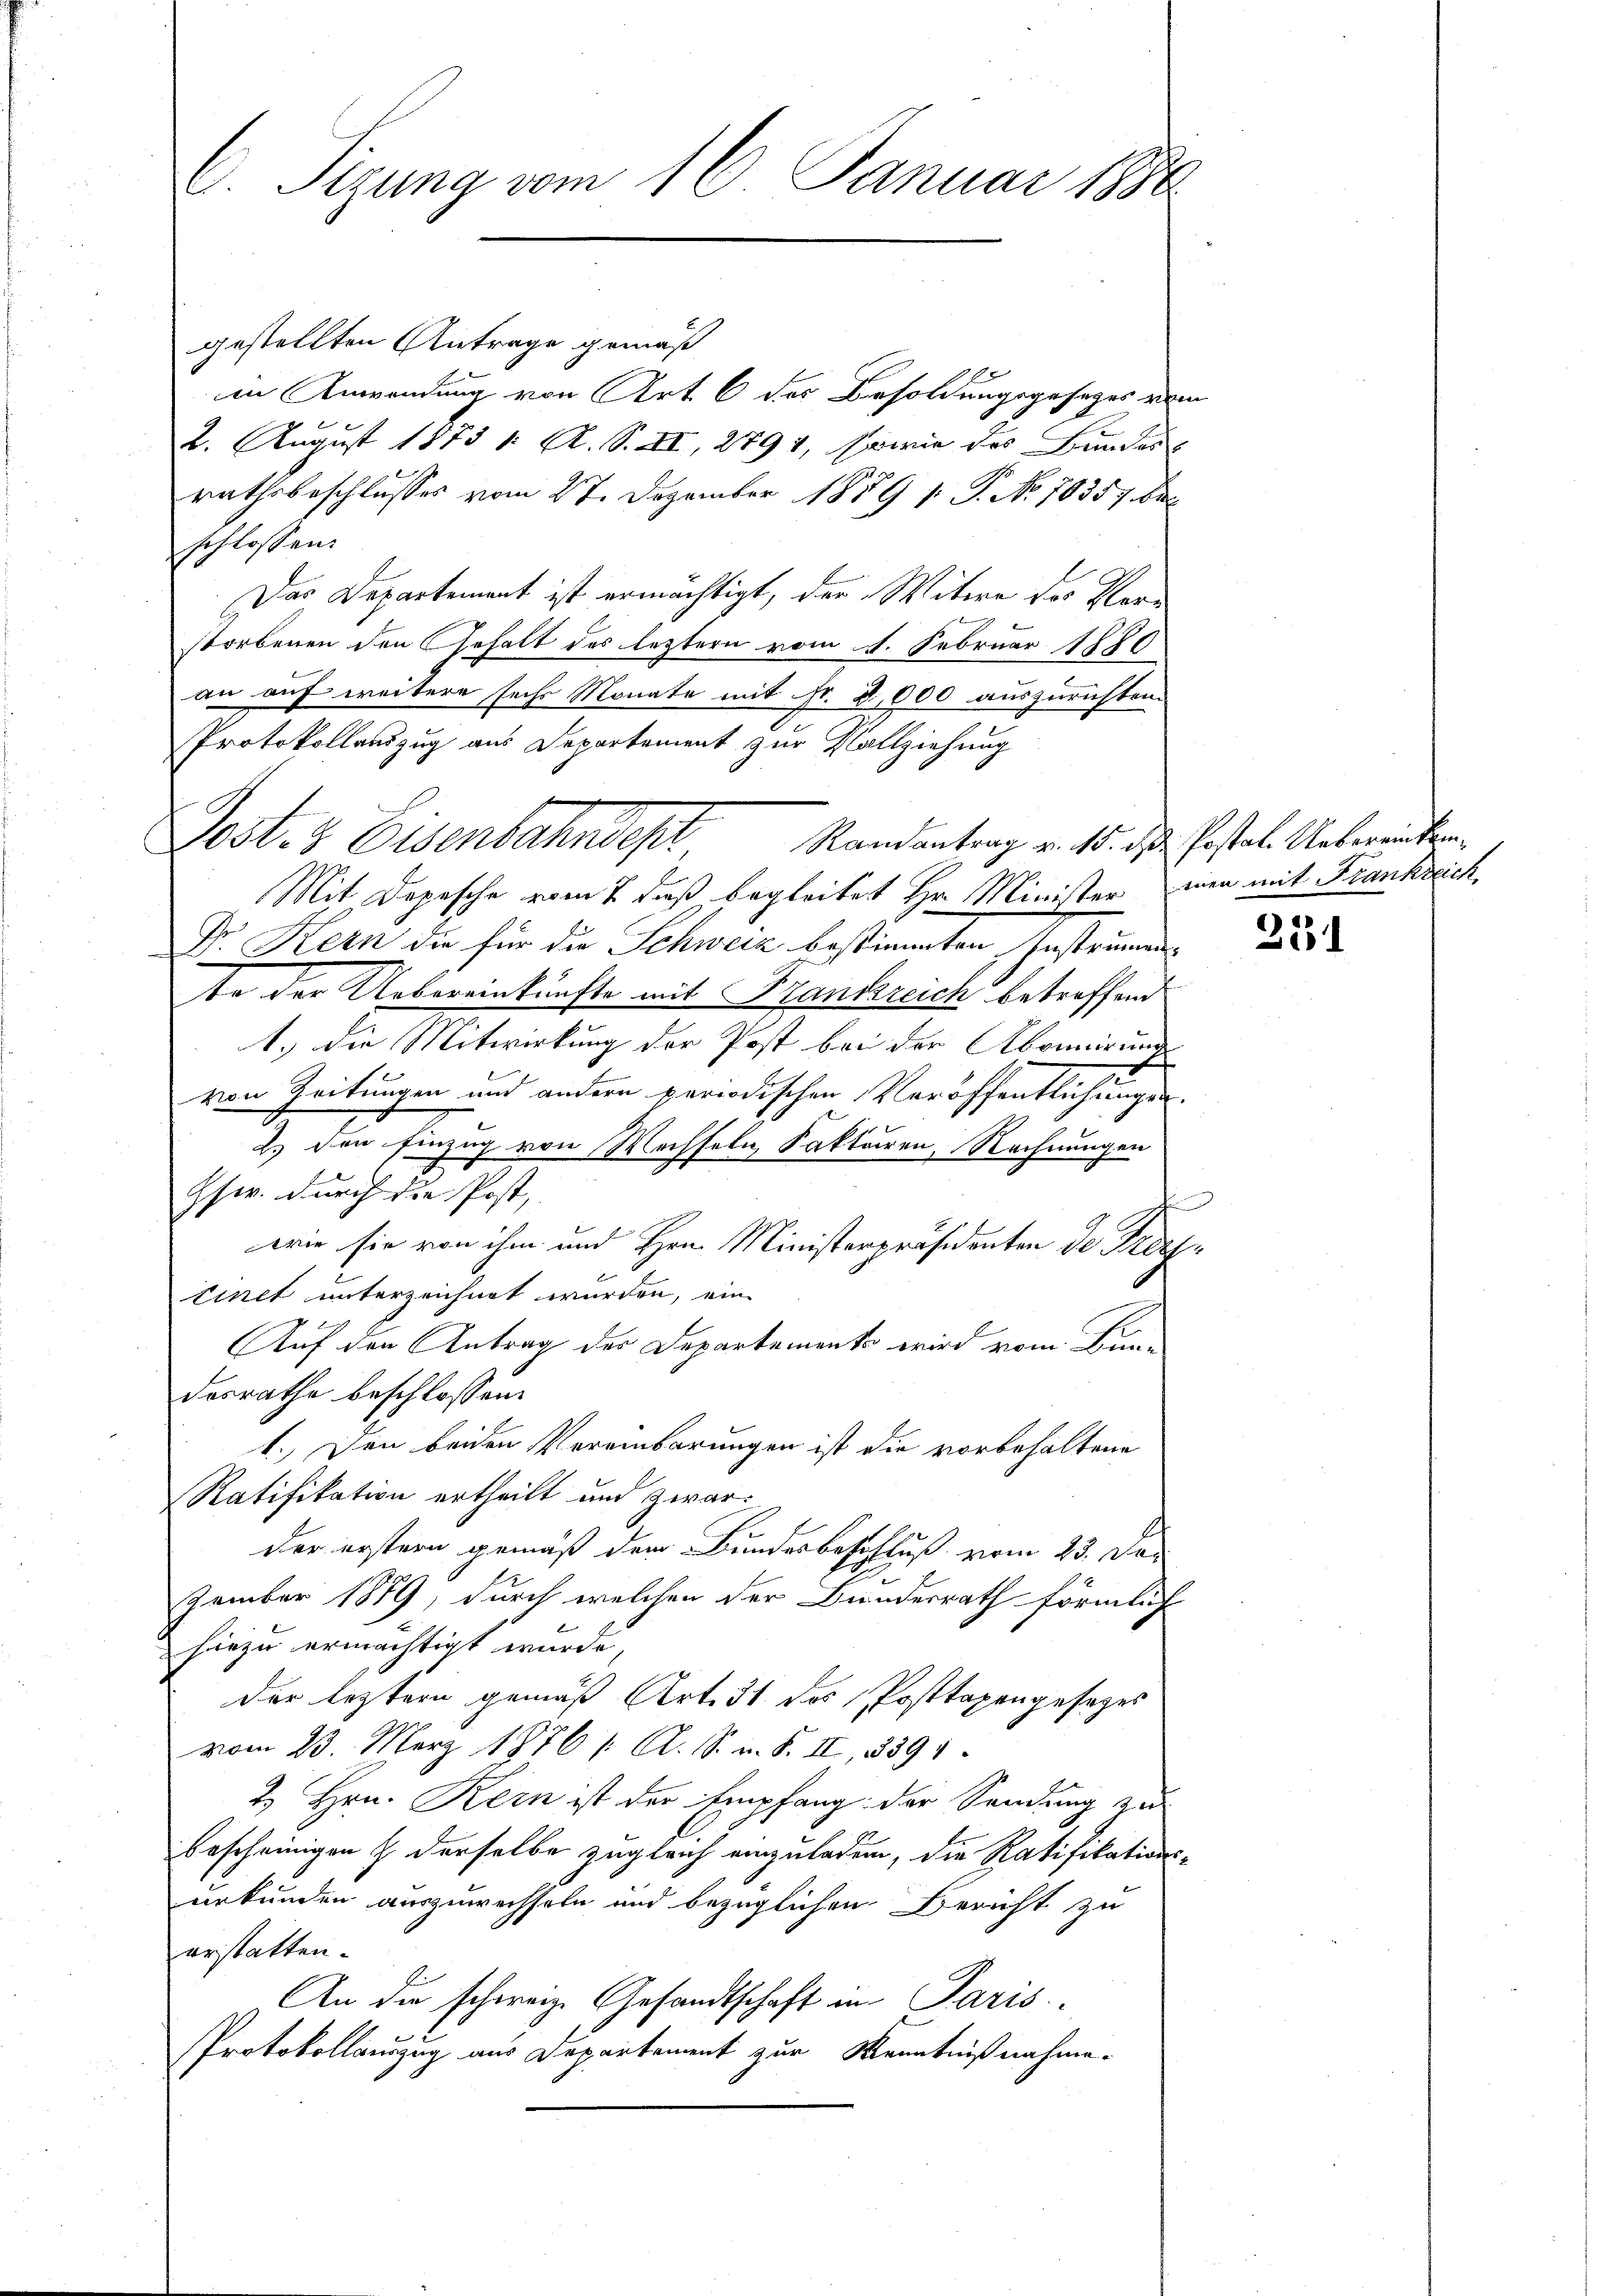
E Sizung vom 16. Januar 1880

gestellten Antrage gemäß
in Anwendung von Art. 6 des Besoldungsgesetzes vom
2. August 1873 1. A. S. II, 2794, sowie des Bundess
rathsbeschlusses vom 27. Dezember 1859 1: P. No 10357. De
schlossen.
Das Departement ist ermächtigt, der Witwe des Verstorbenen den Gehalt des leztern vom 1. Februar 1880
an auf weitere sechs Monate mit Fr. 2,000 auszurichten.
Protokollauszug aus Departement zur Vollziehung
Mit Depesche vom 7 dieß begleitet Hr. Minister, wen mit Frankreich,
Dr. Kern die für die Schweiz bestimmten Instrumen-
te der Uebereinkünfte mit Brandsreich betreffend
1.) Die Mitwirkung der Post bei der Abonnirung
von Zeitungen und andern periodischen Veröffentlichungen
2.) den Einzug von Wechseln Faktoren, Rechnungen
Hser. durch die Post,
wie sie von ihm und Hrn. Ministerpräsidenten der Praetinet unterzeichnet wurden, ein
Auf den Antrag der Departements wird vom Bun-
desrathe beschlossen:
1. Den beiden Vereinbarungen ist die vorbehaltene
Ratifikation ertheilt und zwar:
der erstern gemäß dem Bundesbeschluß vom 23. Der
zember 1889, durch welchen der Bundesrath förmlich
hiezu ermächtigt wurde,
der leztern gemäß Art. 31 des Posttaxengesezes
vom 23. März 1876 / A. S. v. S. II, 3391.
2. Hrn. Kern ist der Empfang der Sendung zu
bescheinigen & derselbe zugleich einzuladen, die Ratifikations-
urkunden auszuwechseln und bezüglichen Bericht zu
erstatten.
An die schweiz. Gesandtschaft in Paris
Protokollauszug aus Departement zur Kenntnißnahme.

Post- & Eisenbahndest Randantrag v. 18. ds. Gestal. Ueberamten

251